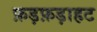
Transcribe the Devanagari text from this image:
फ़ड़फ़ड़ाहट